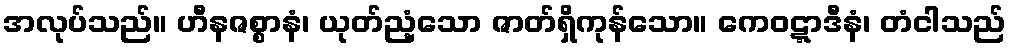
အလုပ်သည်။ ဟီနဇစ္စာနံ၊ ယုတ်ညံ့သော ဇာတ်ရှိကုန်သော။ ကေဝဋ္ဋာဒီနံ၊ တံငါသည်